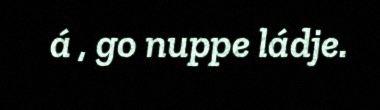
á , go nuppe ládje.